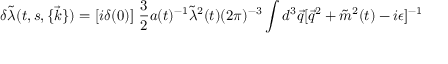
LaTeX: \delta \tilde { \lambda } ( t , s , \{ \vec { k } \} ) = [ i \delta ( 0 ) ] ~ \frac { 3 } { 2 } a ( t ) ^ { - 1 } \tilde { \lambda } ^ { 2 } ( t ) ( 2 \pi ) ^ { - 3 } \int d ^ { 3 } \vec { q } [ \vec { q } ^ { 2 } + \tilde { m } ^ { 2 } ( t ) - i \epsilon ] ^ { - 1 }